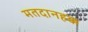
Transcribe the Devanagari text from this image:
मतदानहक्क